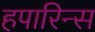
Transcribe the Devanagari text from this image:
हपारिन्स